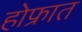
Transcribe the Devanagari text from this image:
होफ्रात